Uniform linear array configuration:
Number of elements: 4
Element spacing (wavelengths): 0.75
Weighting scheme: hamming
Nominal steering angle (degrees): -60
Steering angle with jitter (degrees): -59.066
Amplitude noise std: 0.05
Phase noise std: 0.05

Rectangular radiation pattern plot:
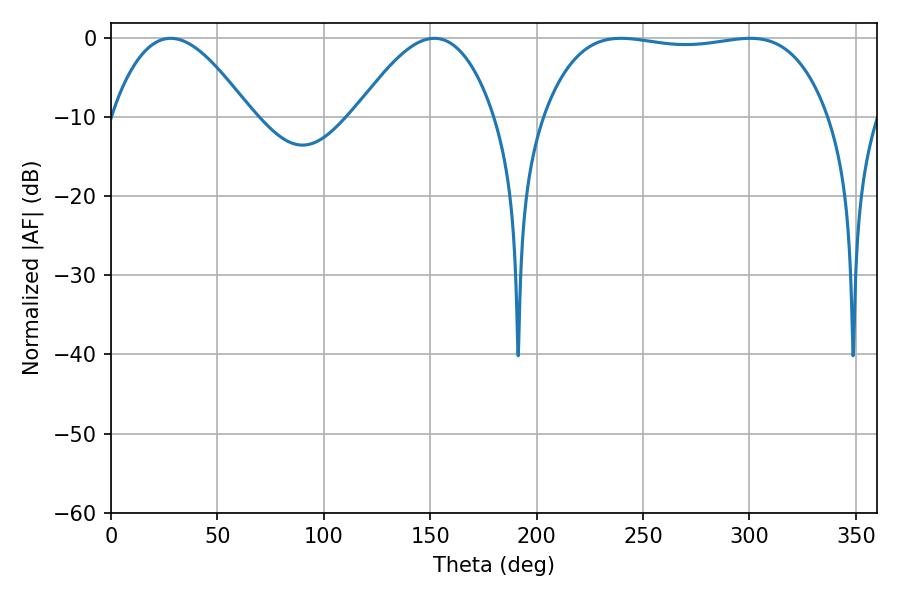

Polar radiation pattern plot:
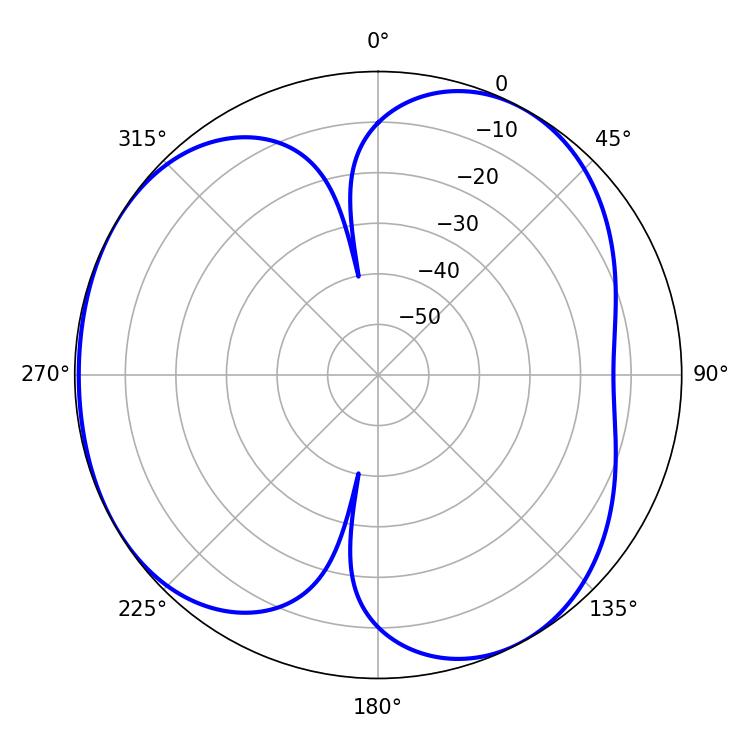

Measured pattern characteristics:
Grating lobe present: TRUE
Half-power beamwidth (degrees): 35.46
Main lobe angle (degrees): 28.08